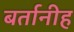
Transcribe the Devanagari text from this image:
बर्तानीह